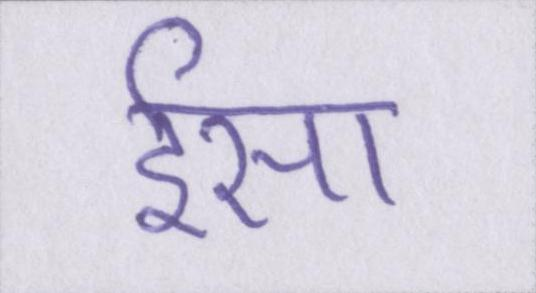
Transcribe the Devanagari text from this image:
ईसा